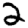
Digit: 2